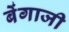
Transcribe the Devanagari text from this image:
बेंगाजी